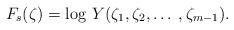
LaTeX: \begin{align*} F_{s}(\zeta) = \mbox{log } Y(\zeta_1, \zeta_2, \ldots \: , \zeta_{m-1}).\end{align*}